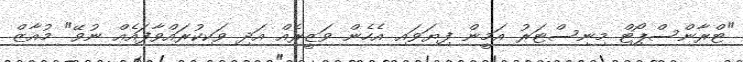
"ޓްރާންސްޕޯޓް މިނިސްޓަރު އަމީން ފިޔަވައި އެހެން ވަޒީރެއް އަދި ވަކިކުރައްވާފައެއް ނުވޭ" މުއާޒް